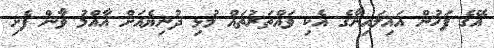
އޭގެ ފަހުން އައިލައިނާގެ އެކި ވައްތަރުތައް މުޅި ދުނިޔެއަށް އާއްމު ވާން ފެށި